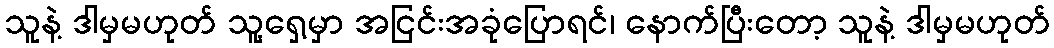
သူနဲ့ ဒါမှမဟုတ် သူ့ရှေ့မှာ အငြင်းအခုံပြောရင်၊ နောက်ပြီးတော့ သူနဲ့ ဒါမှမဟုတ်